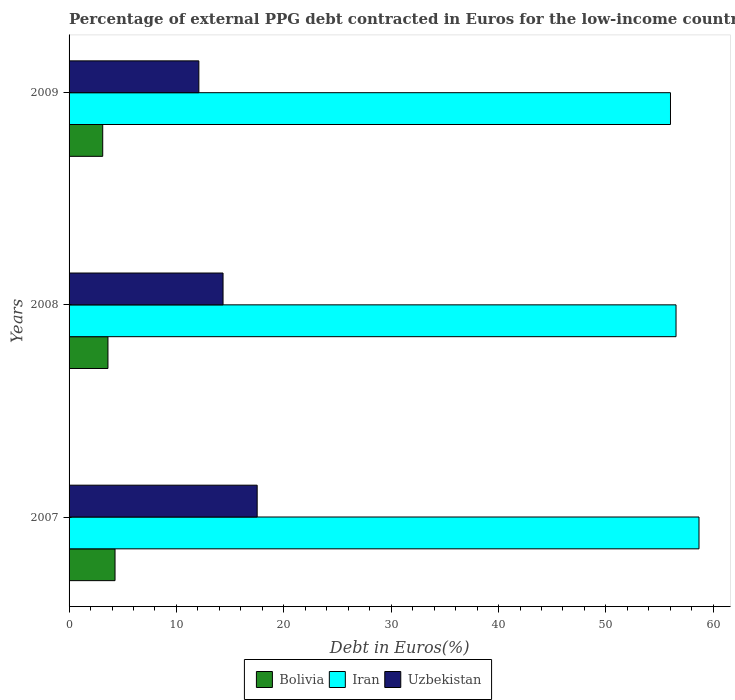
| Years | Bolivia | Iran | Uzbekistan |
 | --- | --- | --- | --- |
 | 2007 | 4.28 | 58.7 | 17.5 |
 | 2008 | 3.62 | 56.5 | 14.3 |
 | 2009 | 3.13 | 56 | 12.1 |